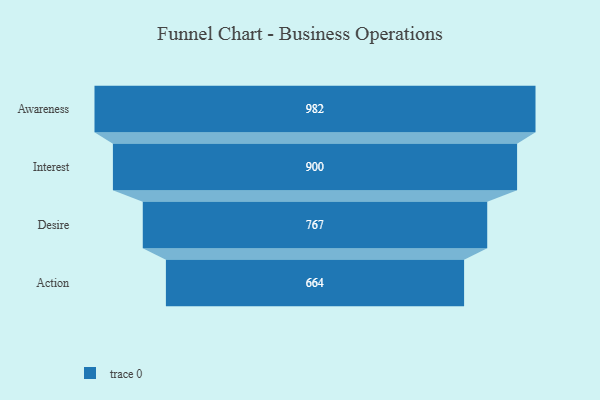
{"axis": {"x": "Stage", "y": "Value"}, "legend": [""], "data": [{"x": "Awareness", "y": 982.0, "type": ""}, {"x": "Interest", "y": 900.0, "type": ""}, {"x": "Desire", "y": 767.0, "type": ""}, {"x": "Action", "y": 664.0, "type": ""}]}